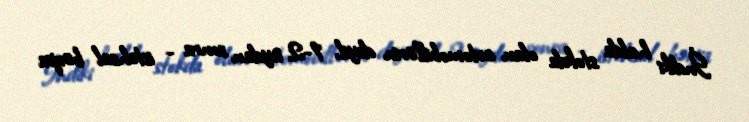
İndiki halda stokda olan avtomobillərin deyil, 1-2 aydan sonra - istehsal bərpa